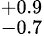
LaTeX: ^{+0.9}_{-0.7}